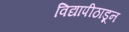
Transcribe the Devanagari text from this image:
विद्यापीठाडून